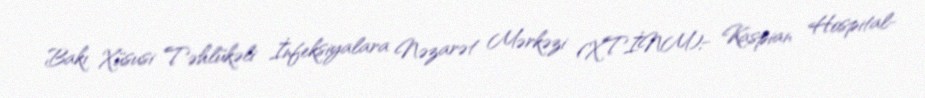
Bakı Xüsusi Təhlükəli İnfeksiyalara Nəzarət Mərkəzi (XTİNM);- Kaspian Hospital-